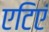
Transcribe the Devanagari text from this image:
एटिएं